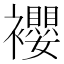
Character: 䙬